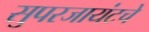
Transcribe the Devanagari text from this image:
सुपरजायंटचे